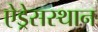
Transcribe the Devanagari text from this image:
ऐड्रेसस्थान